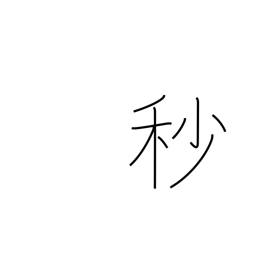
Meaning: second (1/60 minute)